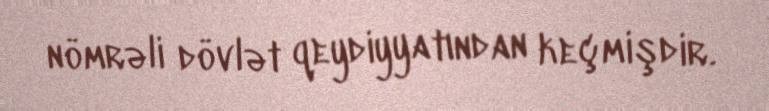
nömrəli dövlət qeydiyyatından keçmişdir.